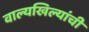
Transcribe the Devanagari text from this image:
वाल्यखिल्यांची